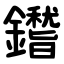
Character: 鑙